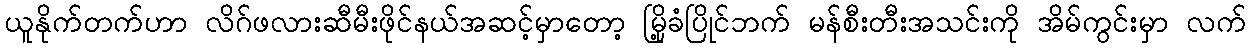
ယူနိုက်တက်ဟာ လိဂ်ဖလားဆီမီးဖိုင်နယ်အဆင့်မှာတော့ မြို့ခံပြိုင်ဘက် မန်စီးတီးအသင်းကို အိမ်ကွင်းမှာ လက်